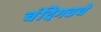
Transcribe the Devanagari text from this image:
चंदिगढचे